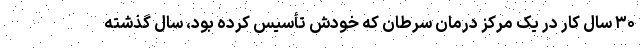
۳۰ سال کار در یک مرکز درمان سرطان که خودش تأسیس کرده بود، سال گذشته